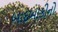
બાદબાકીનો